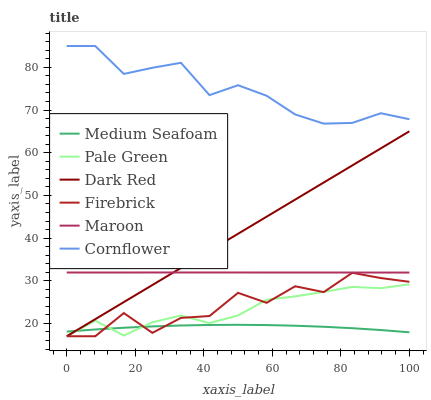
| xaxis_label | Medium Seafoam | Pale Green | Dark Red | Firebrick | Maroon | Cornflower |
 | --- | --- | --- | --- | --- | --- | --- |
 | 0 | 18.1 | 17 | 17 | 17 | 31.9 | 85 |
 | 8.33 | 18.6 | 20.7 | 21 | 17 | 31.9 | 85 |
 | 16.7 | 19 | 17.2 | 25 | 22.4 | 31.9 | 78.5 |
 | 25 | 19.3 | 20.3 | 29 | 17.8 | 31.9 | 79.9 |
 | 33.3 | 19.5 | 21.9 | 33 | 21.3 | 31.9 | 81.1 |
 | 41.7 | 19.6 | 20.1 | 37 | 21.7 | 31.9 | 73.5 |
 | 50 | 19.7 | 21.9 | 41 | 27.2 | 31.9 | 75.8 |
 | 58.3 | 19.6 | 25.6 | 45 | 24.8 | 31.9 | 73.4 |
 | 66.7 | 19.5 | 26.3 | 49 | 28.7 | 31.9 | 69 |
 | 75 | 19.2 | 27.4 | 53 | 27.3 | 31.9 | 66.8 |
 | 83.3 | 18.9 | 28.6 | 57 | 31.9 | 31.9 | 67 |
 | 91.7 | 18.5 | 28.3 | 61 | 30.6 | 31.9 | 69.3 |
 | 100 | 17.9 | 29.2 | 65 | 29.8 | 31.9 | 67.8 |